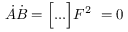
\Dot { A } \Dot { B } = \Big [ . . . \Big ] F ^ { 2 } \ = 0